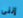
إننى